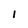
Character: i